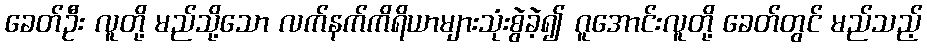
ခေတ်ဦး လူတို့ မည်သို့သော လက်နက်ကိရိယာများသုံးစွဲခဲ့၍ ဂူအောင်းလူတို့ ခေတ်တွင် မည်သည့်